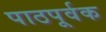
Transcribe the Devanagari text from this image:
पाठपूर्वक